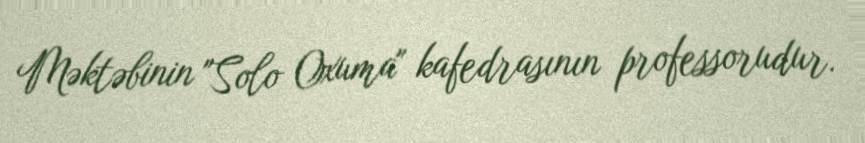
Məktəbinin "Solo Oxuma" kafedrasının professorudur.